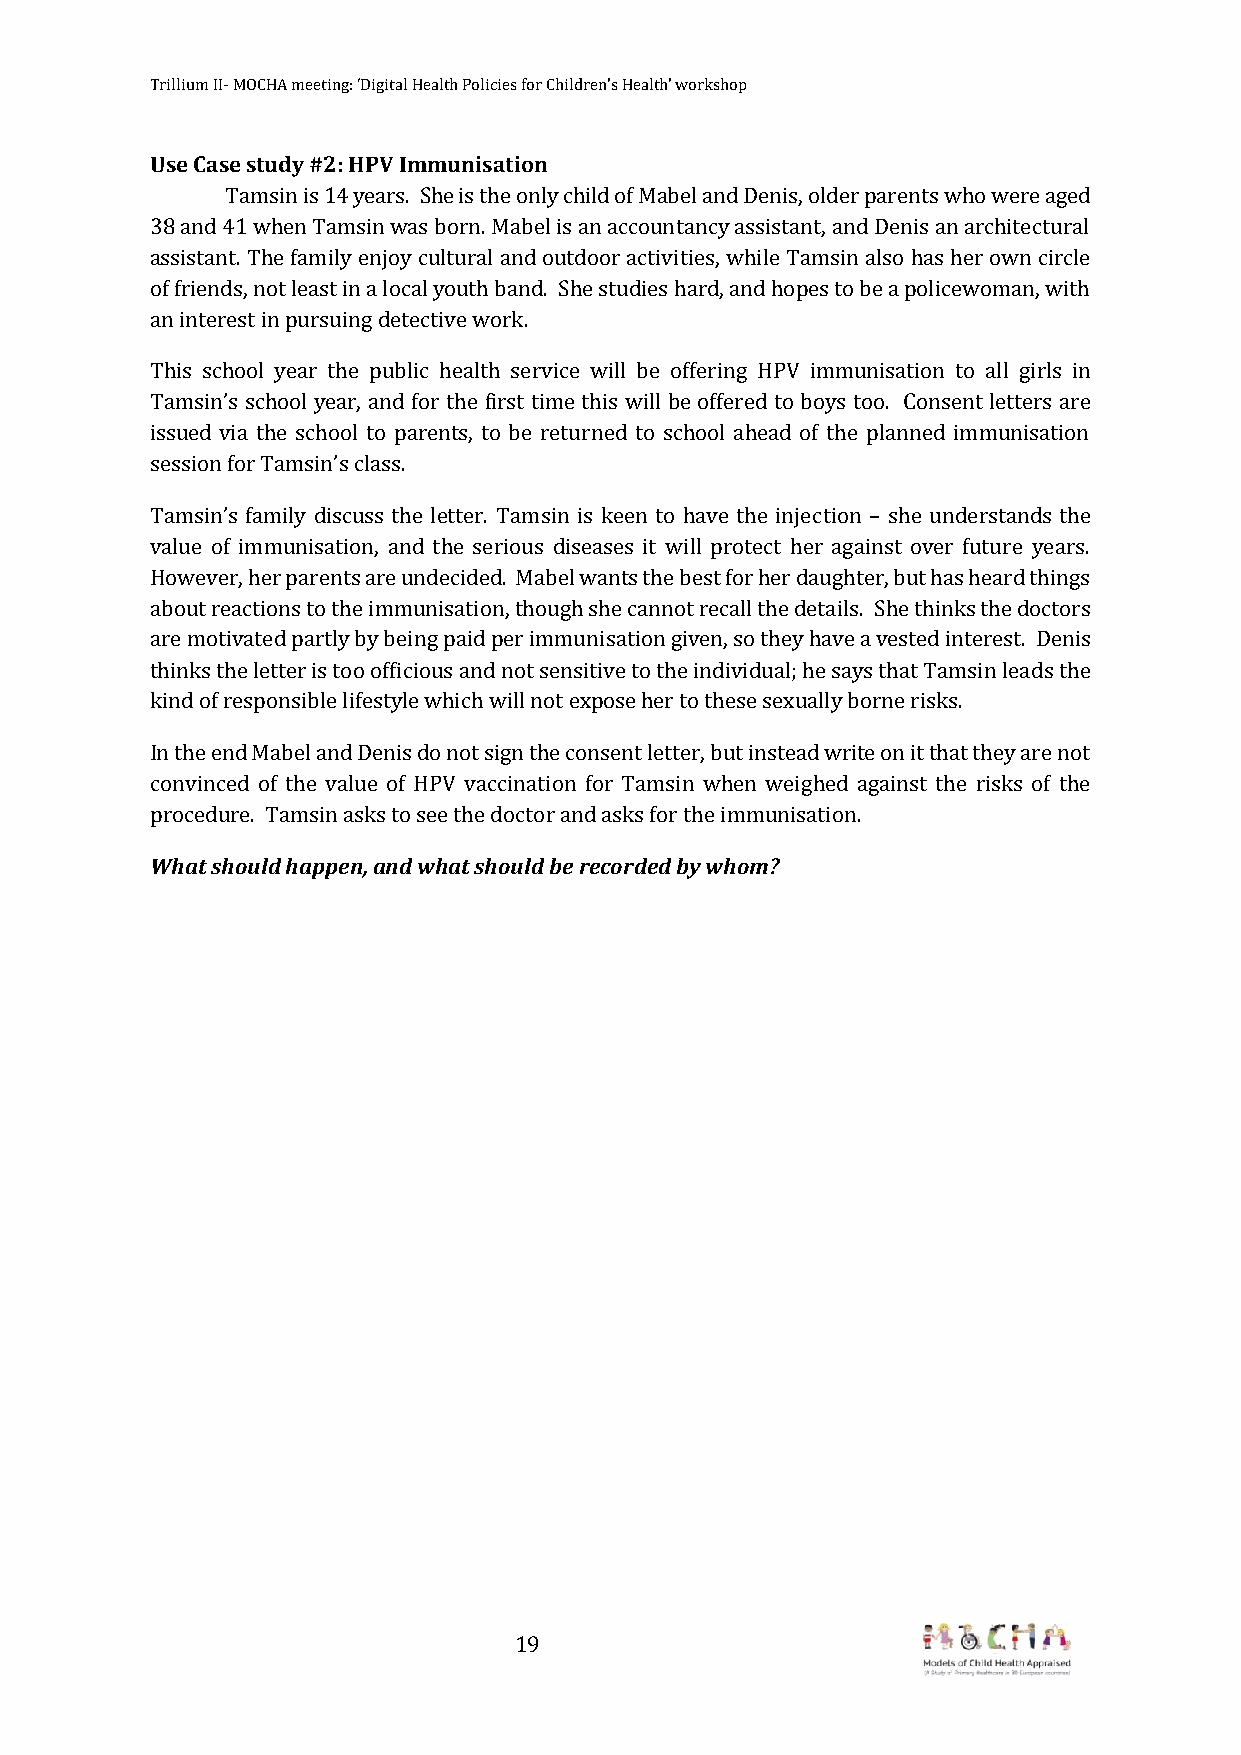
Trillium II- MOCHA meeting: ‘Digital Health Policies for Children’s Health’ workshop
 Use Case study #2: HPV Immunisation
 Tamsin is 14 years. She is the only child of Mabel and Denis, older parents who were aged
 38 and 41 when Tamsin was born. Mabel is an accountancy assistant, and Denis an architectural
 assistant. The family enjoy cultural and outdoor activities, while Tamsin also has her own circle
 of friends, not least in a local youth band. She studies hard, and hopes to be a policewoman, with
 an interest in pursuing detective work.
 This school year the public health service will be offering HPV immunisation to all girls in
 Tamsin’s school year, and for the first time this will be offered to boys too. Consent letters are
 issued via the school to parents, to be returned to school ahead of the planned immunisation
 session for Tamsin’s class.
 Tamsin’s family discuss the letter. Tamsin is keen to have the injection – she understands the
 value of immunisation, and the serious diseases it will protect her against over future years.
 However, her parents are undecided. Mabel wants the best for her daughter, but has heard things
 about reactions to the immunisation, though she cannot recall the details. She thinks the doctors
 are motivated partly by being paid per immunisation given, so they have a vested interest. Denis
 thinks the letter is too officious and not sensitive to the individual; he says that Tamsin leads the
 kind of responsible lifestyle which will not expose her to these sexually borne risks.
 In the end Mabel and Denis do not sign the consent letter, but instead write on it that they are not
 convinced of the value of HPV vaccination for Tamsin when weighed against the risks of the
 procedure. Tamsin asks to see the doctor and asks for the immunisation.
 What should happen, and what should be recorded by whom?
 19